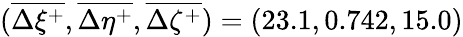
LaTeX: (\overline{{\Delta\xi^{+}}},\overline{{\Delta\eta^{+}}},\overline{{\Delta\zeta^{+}}})=(23.1,0.742,15.0)